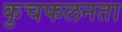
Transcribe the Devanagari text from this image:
कुचफलनता